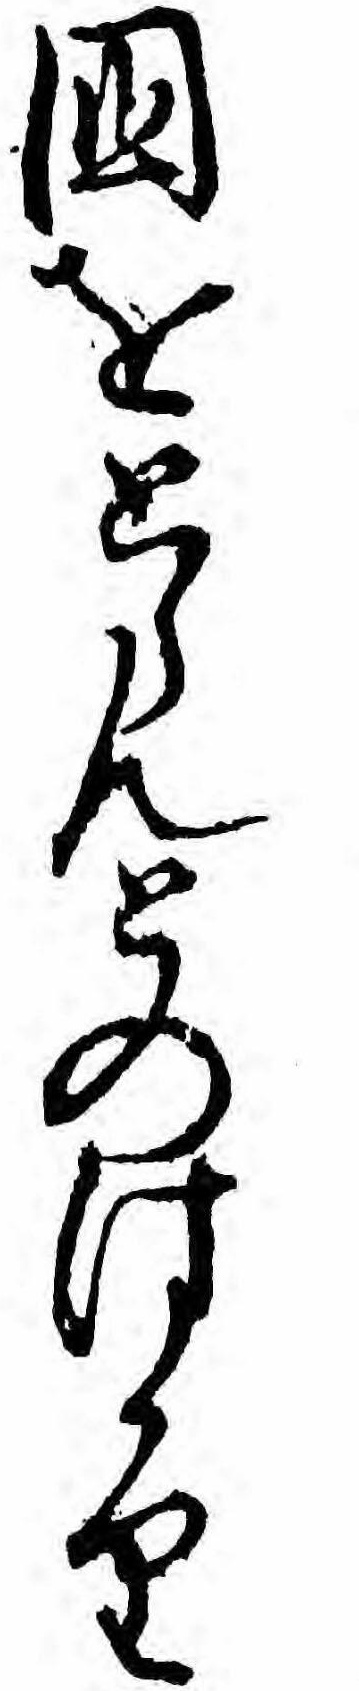
国をとらんとのはかり